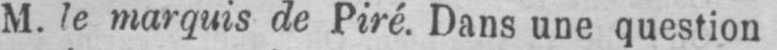
M. le marquis de Piré. Dans une question